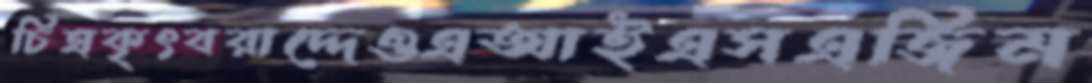
চিত্রকৃৎবরাদ্দেওএআইএসএজিম